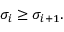
\sigma _ { i } \geq \sigma _ { i + 1 } .